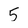
Character: 5